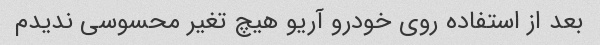
بعد از استفاده روی خودرو آریو هیچ تغیر محسوسی ندیدم